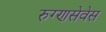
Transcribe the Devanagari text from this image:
रुग्णसेवेस